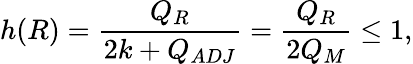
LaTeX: h(R)=\frac{Q_{R}}{2k+Q_{ADJ}}=\frac{Q_{R}}{2Q_{M}}\leq 1,